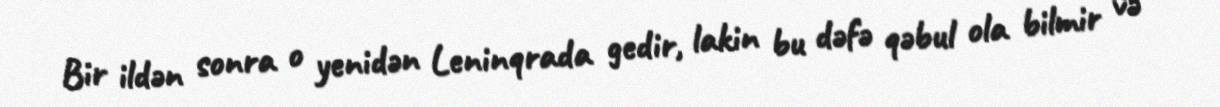
Bir ildən sonra o yenidən Leninqrada gedir, lakin bu dəfə qəbul ola bilmir və